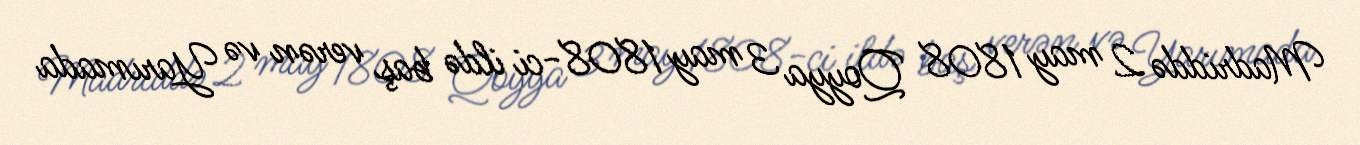
Madriddə 2 may 1808 Qoyya 3 may 1808-ci ildə baş verən və Yarımada